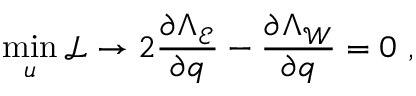
\operatorname* { m i n } _ { u } \mathcal { L } \rightarrow 2 \frac { \partial \Lambda _ { \mathcal { E } } } { \partial \boldsymbol { q } } - \frac { \partial \Lambda _ { \mathcal { W } } } { \partial \boldsymbol { q } } = 0 \ ,